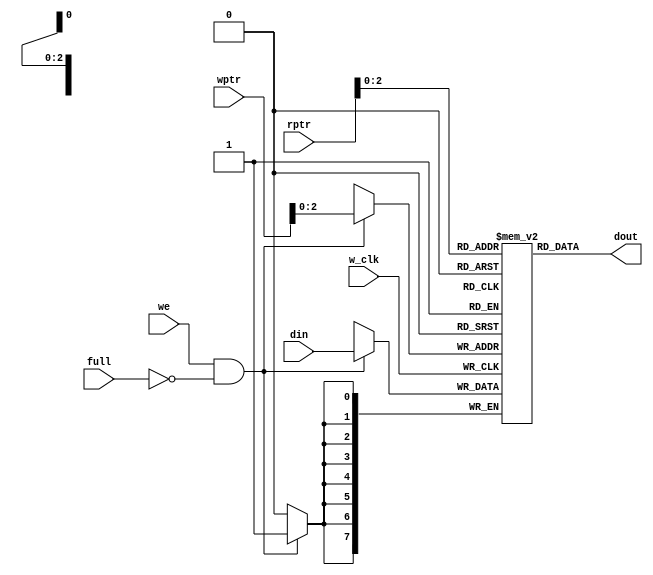
module mem(w_clk,din,dout,we,full,wptr,rptr);

	parameter 	WIDTH=8,
			DEPTH=8,
			pt=3;
	input w_clk,we,full;
	input [WIDTH-1:0]din;
	input [pt:0]wptr,rptr;
	output  reg[WIDTH-1:0]dout;

	reg [WIDTH-1:0]fifo[0:DEPTH-1];

	always@(posedge w_clk)
	begin
		if(we && !full)
			fifo[wptr[pt-1:0]]<=din;
	end

	assign dout=fifo[rptr[pt-1:0]];
endmodule